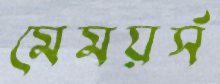
মেময়র্স